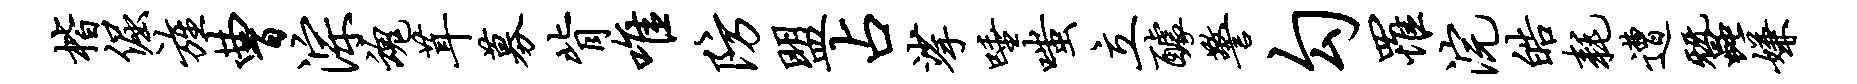
楷倔旌曹淙魂茸募背唯防盟占挲唾嗤立醵警勾罹浣皓耗遭蚕嫌